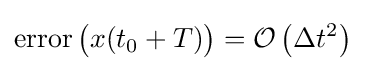
\operatorname {error} {\bigr (}x(t_{0}+T){\bigl )}={\mathcal {O}}\left(\Delta t^{2}\right)